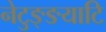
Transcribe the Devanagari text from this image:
नेटुङ्ङयाटि